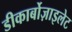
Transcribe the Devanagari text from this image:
डीकार्बोज़ाइलेट